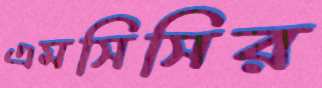
এমসিসির